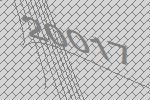
20017